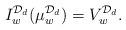
LaTeX: \begin{align*}I_{w}^{\mathcal{D}_{d}}(\mu_{w}^{\mathcal{D}_{d}}) = V_{w}^{\mathcal{D}_{d}}. \end{align*}